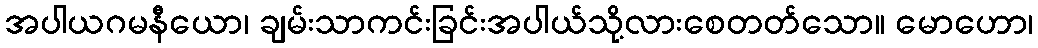
အပါယဂမနီယော၊ ချမ်းသာကင်းခြင်းအပါယ်သို့လားစေတတ်သော။ မောဟော၊